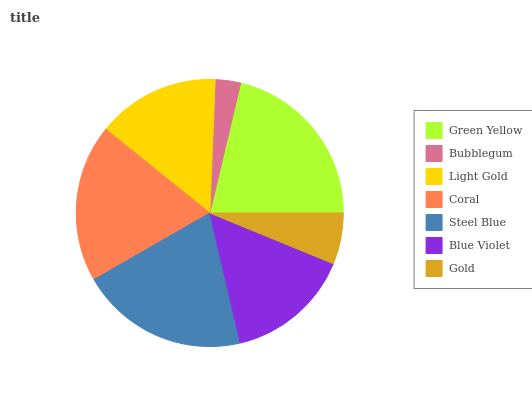
| Green Yellow | Bubblegum | Light Gold | Coral | Steel Blue | Blue Violet | Gold |
 | --- | --- | --- | --- | --- | --- | --- |
 | 21.3% | 3.07% | 14.8% | 19.1% | 20.4% | 15.1% | 6.19% |